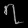
Digit: ၇